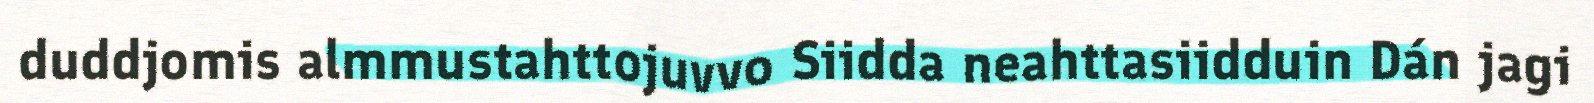
duddjomis almmustahttojuvvo Siidda neahttasiidduin Dán jagi